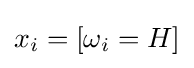
x_{i}=[\omega _{i}=H]